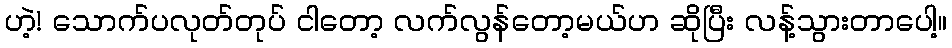
ဟဲ့! သောက်ပလုတ်တုပ် ငါတော့ လက်လွန်တော့မယ်ဟ ဆိုပြီး လန့်သွားတာပေါ့။